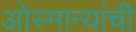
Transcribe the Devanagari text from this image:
ओस्मान्यांची